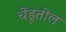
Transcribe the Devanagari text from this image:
चेंडूतील